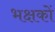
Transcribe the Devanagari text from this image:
भक्षकों